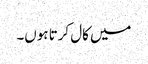
میں کال کرتا ہوں۔